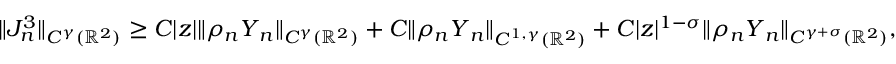
\begin{array} { r } { \| J _ { n } ^ { 3 } \| _ { C ^ { \gamma } ( \mathbb { R } ^ { 2 } ) } \geq C | z | \| \rho _ { n } \boldsymbol { Y } _ { n } \| _ { C ^ { \gamma } ( \mathbb { R } ^ { 2 } ) } + C \| \rho _ { n } \boldsymbol { Y } _ { n } \| _ { C ^ { 1 , \gamma } ( \mathbb { R } ^ { 2 } ) } + C | z | ^ { 1 - \sigma } \| \rho _ { n } \boldsymbol { Y } _ { n } \| _ { C ^ { \gamma + \sigma } ( \mathbb { R } ^ { 2 } ) } , } \end{array}